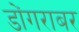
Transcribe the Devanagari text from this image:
डोंगराबर